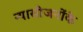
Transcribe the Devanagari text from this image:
न्यासीजनोंके